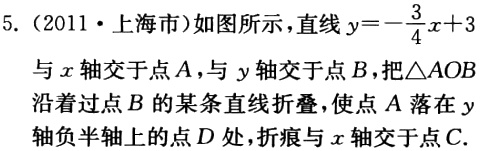
5.（2011·上海市）如图所示，直线\(y = -\frac{3}{4}x + 3\)与\(x\)轴交于点\(A\)，与\(y\)轴交于点\(B\)，把\(\triangle AOB\)沿着过点\(B\)的某条直线折叠，使点\(A\)落在\(y\)轴负半轴上的点\(D\)处，折痕与\(x\)轴交于点\(C\).